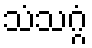
သံသဂ္ဂံ